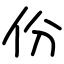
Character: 份